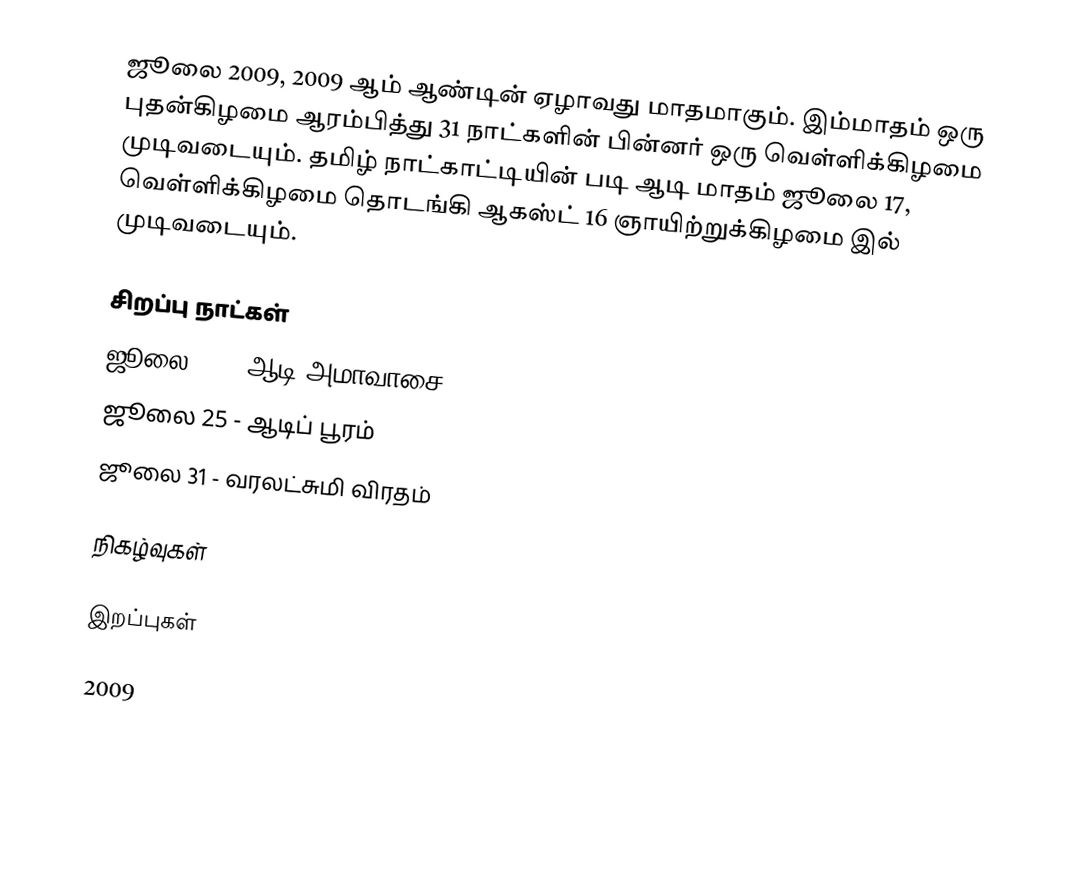
ஜூலை 2009, 2009 ஆம் ஆண்டின் ஏழாவது மாதமாகும். இம்மாதம் ஒரு புதன்கிழமை ஆரம்பித்து 31 நாட்களின் பின்னர் ஒரு வெள்ளிக்கிழமை முடிவடையும். தமிழ் நாட்காட்டியின் படி ஆடி மாதம் ஜூலை 17, வெள்ளிக்கிழமை தொடங்கி ஆகஸ்ட் 16 ஞாயிற்றுக்கிழமை இல் முடிவடையும்.

சிறப்பு நாட்கள்
 ஜூலை 21 - ஆடி அமாவாசை
 ஜூலை 25 - ஆடிப் பூரம்
 ஜூலை 31 - வரலட்சுமி விரதம்

நிகழ்வுகள்

இறப்புகள்

2009